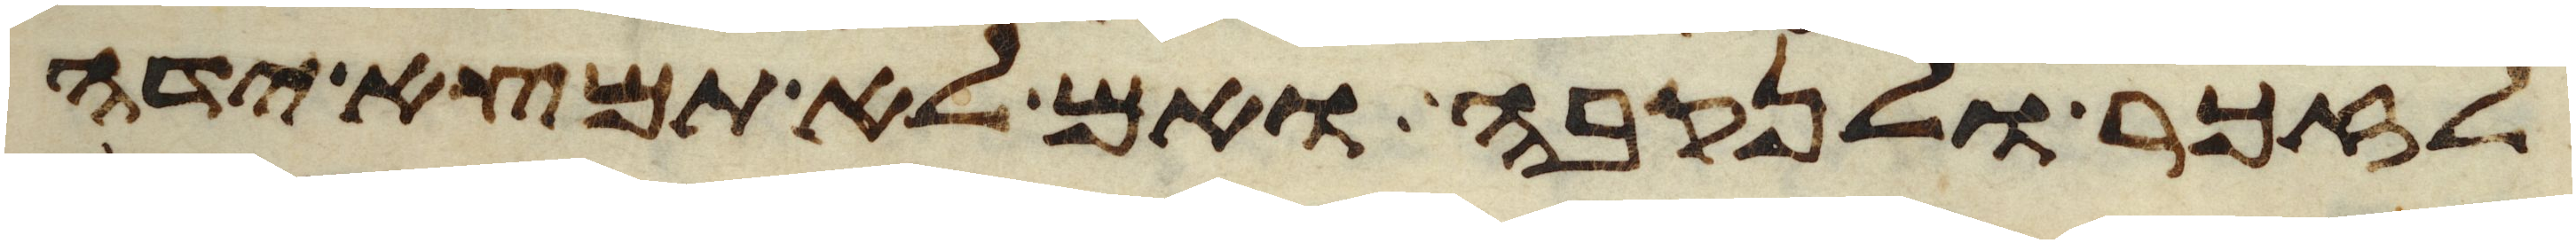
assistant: לזכר ולנקבה ואם לא תמצא ידה